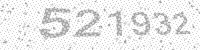
Solution: 521932